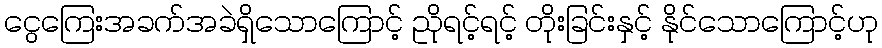
ငွေကြေးအခက်အခဲရှိသောကြောင့် ညိုရင့်ရင့် တိုးခြင်းနှင့် နိုင်သောကြောင့်ဟု